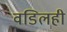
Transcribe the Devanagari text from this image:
वडिलही